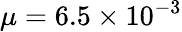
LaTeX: \mu=6.5\times 10^{-3}